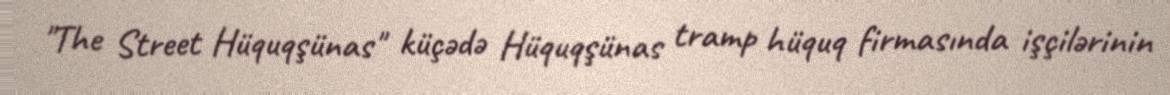
"The Street Hüquqşünas" küçədə Hüquqşünas tramp hüquq firmasında işçilərinin